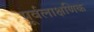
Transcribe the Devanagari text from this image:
पूर्वलाक्षणिक